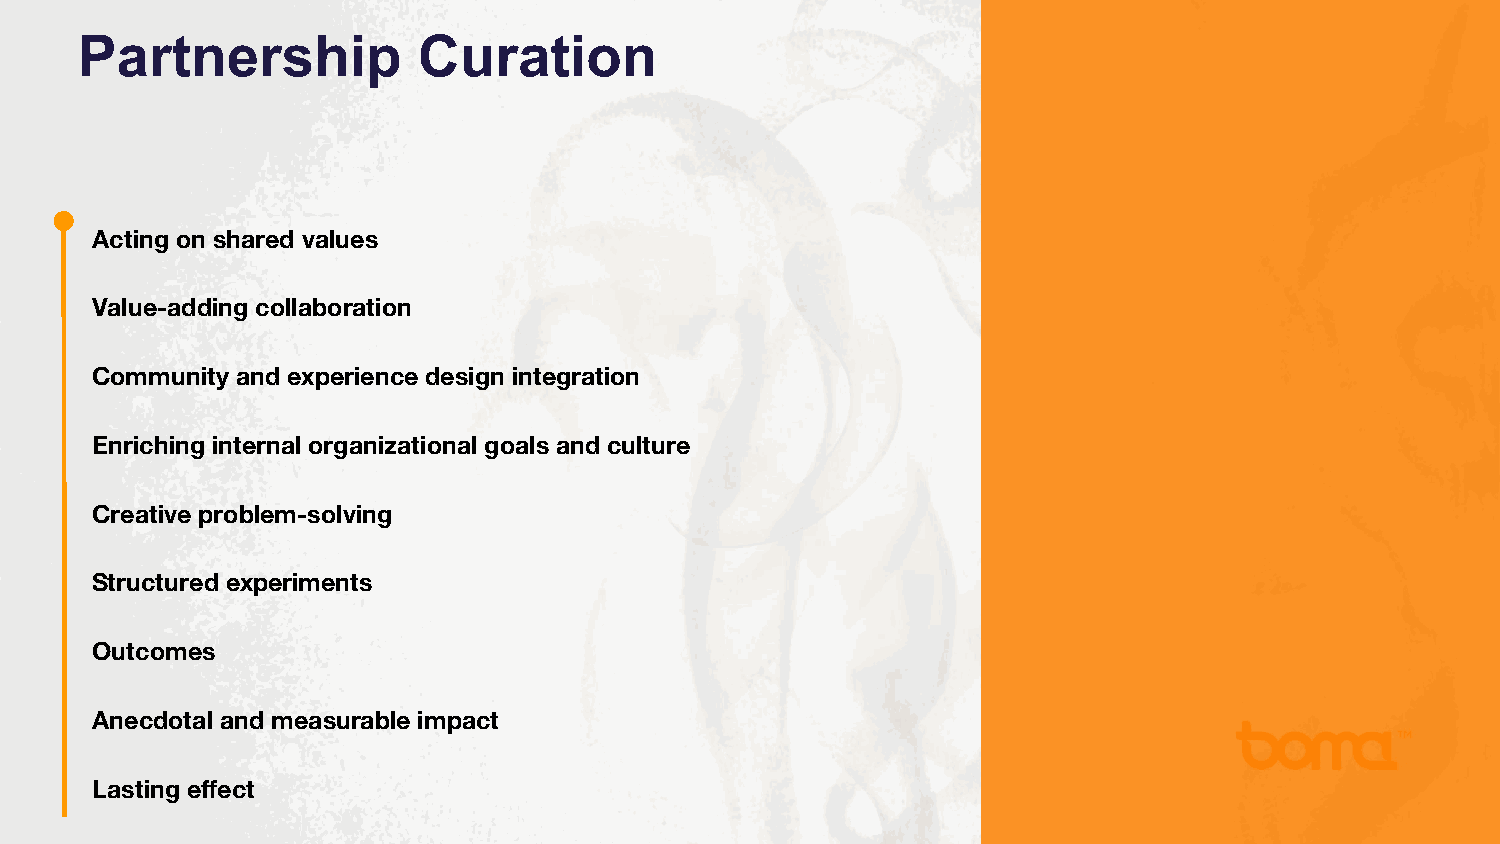
Partnership            Curation
 Acting on shared values
 Value-adding collaboration
 Community and experience design integration
 Enriching internal organizational goals and culture
 Creative problem-solving
 Structured experiments
 Outcomes
 Anecdotal and measurable impact
 Lasting effect